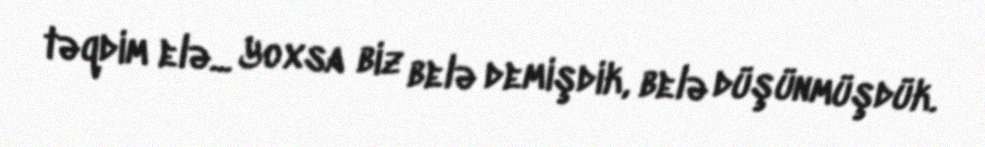
təqdim elə... Yoxsa biz belə demişdik, belə düşünmüşdük.